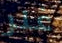
غلر